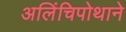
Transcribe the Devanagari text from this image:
अलिंचिपोथाने